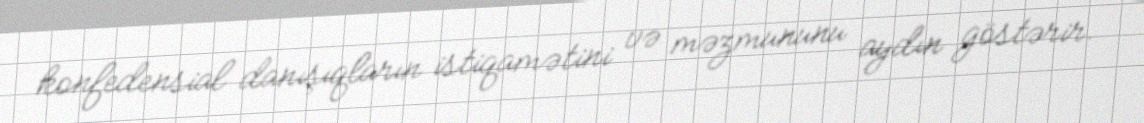
konfedensial danışıqların istiqamətini və məzmununu aydın göstərir.